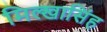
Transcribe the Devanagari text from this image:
मिल्खासिंह